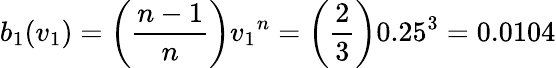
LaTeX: b_{1}(v_{1})=\left({\frac{n-1}{n}}\right){v_{1}}^{n}=\left({\frac{2}{3}}\right){0.25}^{3}=0.0104